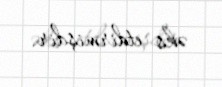
əks etdirmişdir.